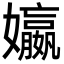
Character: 㜲